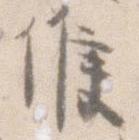
候